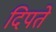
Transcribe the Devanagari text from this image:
दिपते